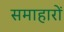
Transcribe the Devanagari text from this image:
समाहारों